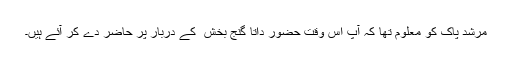
مرشد پاک کو معلوم تھا کہ آپ اس وقت حضور داتا گنج بخش ؒ کے دربار پر حاضر دے کر آئے ہیں۔